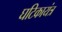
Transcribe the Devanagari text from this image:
घटिकायंत्र